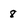
Character: 8